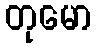
တုမော